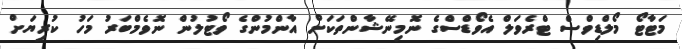
މަޓާޓޯ މޯލްޑިވްސް ޓްރެވަލް އެވޯޑްސްގެ ނޮމިނޭޝާންތަކަށް އާންމުންގެ ވޯޓުލުން ނޮވެމްބަރު މަހު ކުރިޔަށް